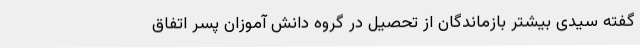
گفته سیدی بیشتر بازماندگان از تحصیل در گروه دانش آموزان پسر اتفاق